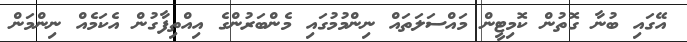
އޭގައި ބުނާ ގޮތުން ކޮމިޓީން މައްސަލަތައް ނިންމުމުގައި މެންބަރުންގެ އިއްތިފާގުން އެކަމެއް ނިންމަން